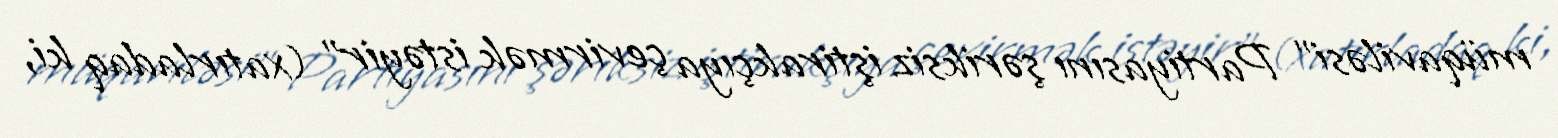
müqaviləsi” Partiyasını şəriksiz iştirakçıya çevirmək istəyir" (xatırladaq ki,